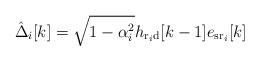
LaTeX: \begin{align*}\hat{\Delta}_i[k]= \sqrt{1-\alpha_i^2} {h}_{\mathrm{r}_i\mathrm{d}}[k-1] {e}_{\mathrm{sr}_i}[k]\end{align*}